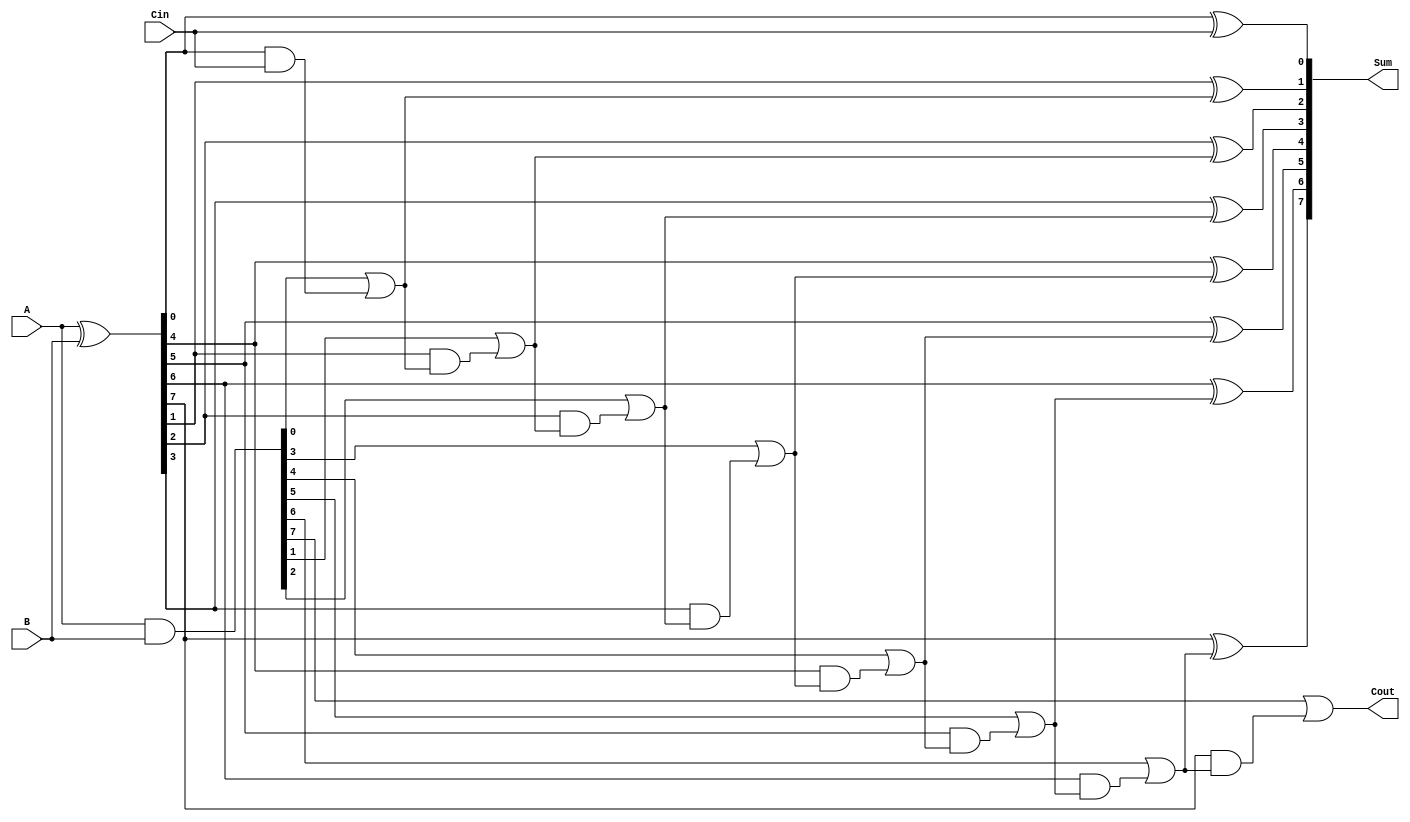
module precomputation_carry_adder #(parameter N = 8) (
    input [N-1:0] A,      // First operand
    input [N-1:0] B,      // Second operand
    input Cin,            // Carry-in
    output [N-1:0] Sum,   // Sum output
    output Cout           // Carry-out
);
    wire [N-1:0] G;      // Generate signals
    wire [N-1:0] P;      // Propagate signals
    wire [N:0] C;        // Carry signals (C[0] = Cin)

    // Carry Generation Logic
    assign G = A & B;                  // Generate
    assign P = A ^ B;                  // Propagate
    assign C[0] = Cin;                 // Carry-in to the first bit

    // Compute carry-out for each bit
    genvar i;
    generate
        for (i = 0; i < N; i = i + 1) begin : carry_logic
            if (i == 0) begin
                assign C[i+1] = G[i] | (P[i] & C[i]); // Cout[0]
            end else begin
                assign C[i+1] = G[i] | (P[i] & C[i]); // Cout[i]
            end
        end
    endgenerate

    // Sum Calculation
    generate
        for (i = 0; i < N; i = i + 1) begin : sum_logic
            assign Sum[i] = P[i] ^ C[i]; // Sum[i] = A[i] XOR B[i] XOR Cout[i-1]
        end
    endgenerate

    // Carry-out for the final output
    assign Cout = C[N];

endmodule